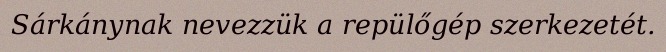
Sárkánynak nevezzük a repülőgép szerkezetét.